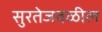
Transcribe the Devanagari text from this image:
सुरतेजवळील